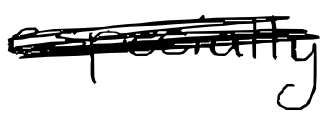
Text: especially
Cross-out: scratch
Writing tool: digital_black